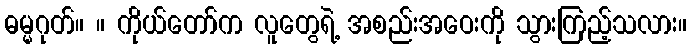
ဓမ္မဂုတ်။ ။ ကိုယ်တော်က လူတွေရဲ့ အစည်းအဝေးကို သွားကြည့်သလား။